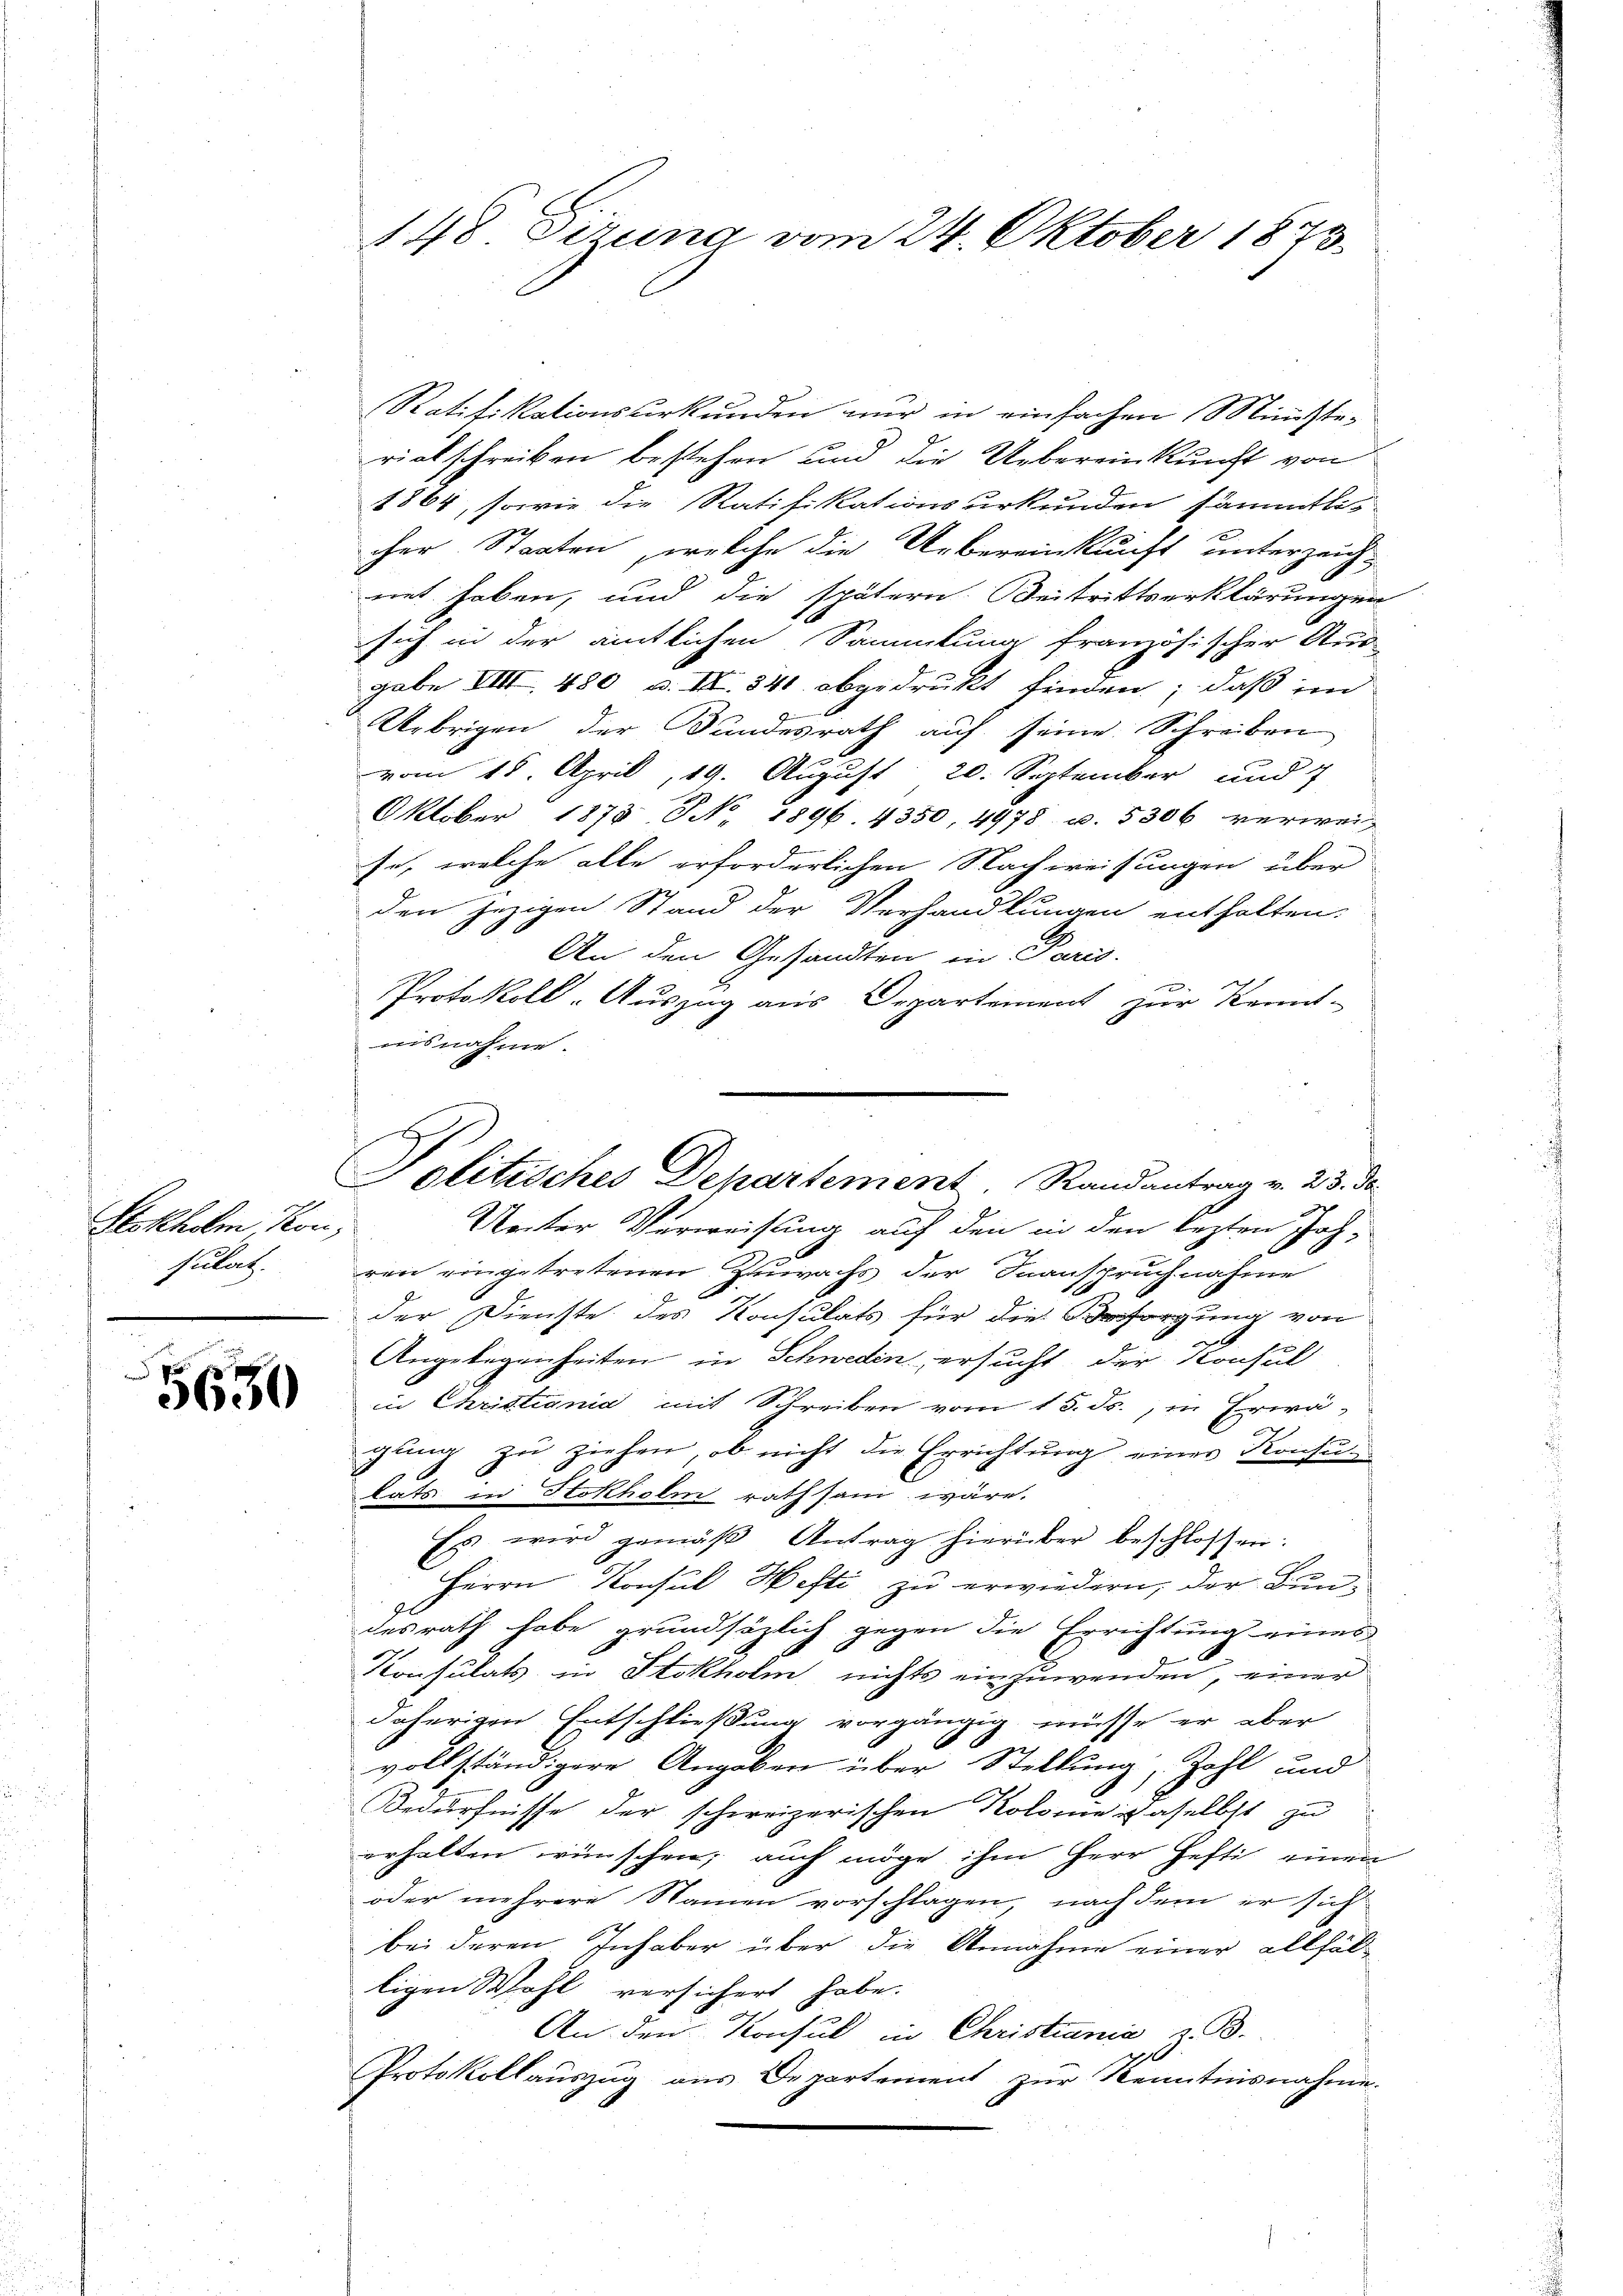
Stokholm Kon
sulat

5630

148. Sizung vom 24. Oktober 1873.

Ratifikationsurkunden nur in einfachen Ministerickschreiben bestehen und die Uebereinkunft von
1864, sowie die Ratifikationsurkunden sämmtlic
cher Staaten, welche die Uebereinkunft unterzeich-
ret haben, und die spätern. Beitrittserklärungen
sich in der amtlichen Sammlung französischer Rud
gabe VIII 480 u. II. 341 abgedruckt finden; daß im
Uebrigen der Sandesrath auf seine Schreiben
vom 15. April, 19. August 20. September und 7
Oktober 1875 No 1896. 4350, 4978 u. 5306 verwei-
se, welche alle erforderlichen Nachweisungen über
den jezigen Stand der Verhandlungen enthalten.
An den Gesandten in Paris.
Protokoll-Auszug aus Departement zur Kennt-
aisnahme.
Unter Verweisung auf den in den lezten Joh.
ren eingetretenen Zuwachs der Inanspruchnahme
der Dienste des Konsulats für die Besorgung von
Angelegenheiten in Schweden ersucht, der Konsul
in Christiania mit Schreiben vom 15. ds., in Erwägling zŭ ziehen, ob nicht die Errichtung einer Konsu
lats in Stokholm rathsam wäre.
Es wird gemäβ Antrag hierüber beschlossen:
Herrn Konsul Hefti zu erwiedern, der Bundesrath habe grundsätzlich gegen die Errichtung eines
Konsulats in Stokholm nichts einzuwenden, einer
daherigen Entschließung vorgängig müsse er aber
vollständigere Angaben über Stellung, Zohl und
Bedürfnisse der schweizerischen Kolonie daselbst zu
erhalten wünschen; auch möge ihm Herr Hefti einen
oder mehrere Namen vorschlagen, nach dem er sich
bei deren Inhaber über die Annahme einer allfälligen Wohl versichert habe.
An den Konsul in Christiania z. B.
1
Protokollauszug aus Departement zur Kenntnisnahme.

A
Politisches Departement. Randantrag v. 23. de